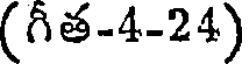
(గీత-4-24)